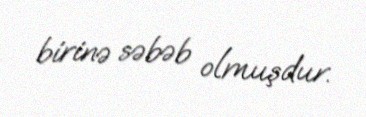
birinə səbəb olmuşdur.